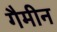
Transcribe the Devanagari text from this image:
गैमीन